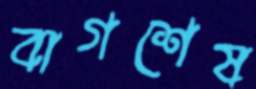
বাগশেষ